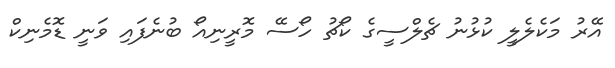
އޭރު މަކެލެލީ ކުޅުނު ޗެލްސީގެ ކޯޗު ހޯސޭ މޮރީނިއޯ ބުނެފައި ވަނީ ޑޮމެނިކް